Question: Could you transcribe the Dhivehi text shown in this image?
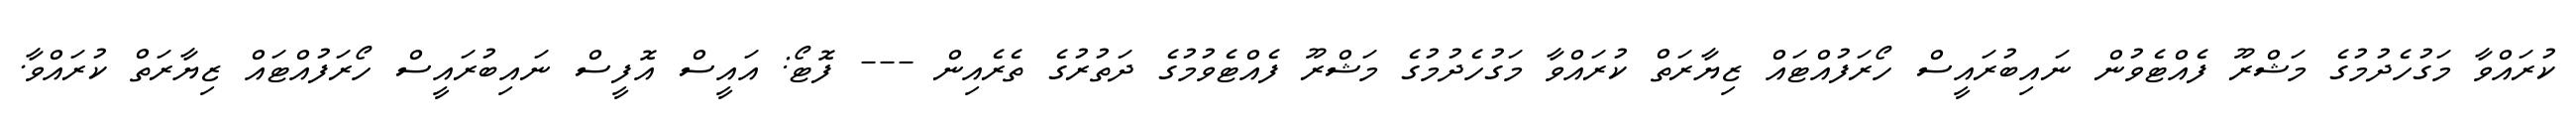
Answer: ކުރައްވާ މަގުހެދުމުގެ މަޝްރޫ ފެއްޓެވުން ނައިބުރައީސް ހޯރަފުއްޓައް ޒިޔާރަތް ކުރައްވާ މަގުހެދުމުގެ މަޝްރޫ ފެއްޓެވުމުގެ ދަތުރުގެ ތެރެއިން --- ފޮޓޯ: އައީސް އޮފީސް ނައިބުރައީސް ހޯރަފުއްޓައް ޒިޔާރަތް ކުރައްވާ.